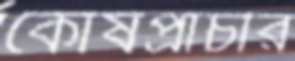
কোষপ্রাচীর